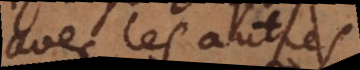
avec les autres.